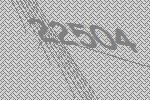
22504